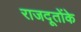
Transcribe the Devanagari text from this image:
राजदूतोंके